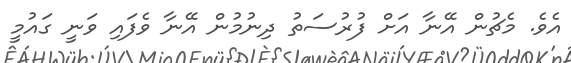
އެވެ. މެޗުން އޭނާ އަށް ފުރުސަތު ދިނުމުން އޭނާ ވެފައި ވަނީ ގައުމީ